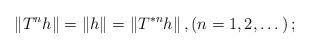
LaTeX: \begin{align*}\|T^nh\|=\|h\|=\|T^{*n}h\|\,, (n=1,2,\dots)\, ;\end{align*}